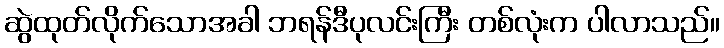
ဆွဲထုတ်လိုက်သောအခါ ဘရန်ဒီပုလင်းကြီး တစ်လုံးက ပါလာသည်။